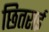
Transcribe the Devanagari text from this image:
छितराई